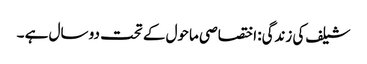
شیلف کی زندگی: اختصاصی ماحول کے تحت دو سال ہے ۔